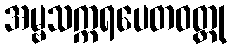
အမ္ဗသက္ကရပေတဝတ္ထု